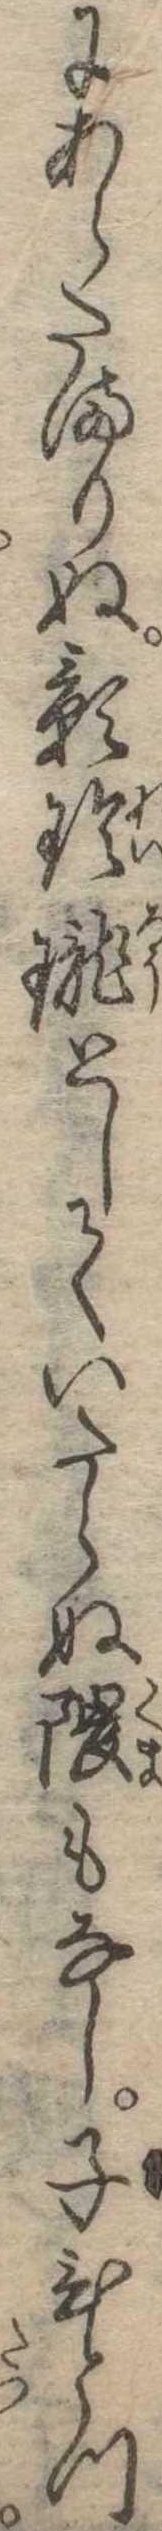
にあらたまりぬ影玲瓏としていたらぬ隈もなし子ひとつ